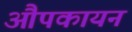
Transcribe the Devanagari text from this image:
औपकायन